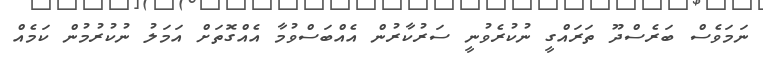
ނަމަވެސް ބަރެސްދޫ ތަރައްގީ ނުކުރެވުނީ ސަރުކާރުން އެއްބަސްވުމާ އެއްގޮތަށް އަމަލު ނުކުރުމުން ކަމެއް